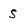
Character: s